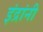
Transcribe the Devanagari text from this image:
इंद्रांनी